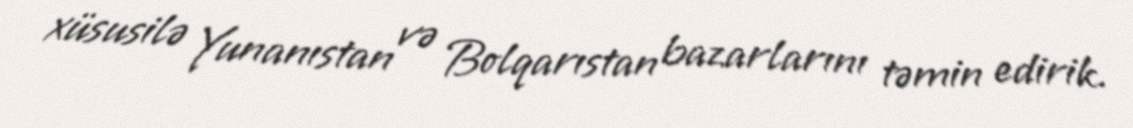
xüsusilə Yunanıstan və Bolqarıstan bazarlarını təmin edirik.